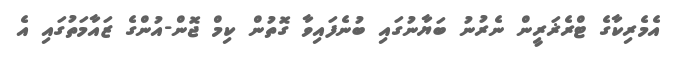
އެމެރިކާގެ ޓްރެޜަރީން ނެރުނު ބަޔާނުގައި ބުނެފައިވާ ގޮތުން ކިމް ޖޮން-އުންގެ ޒައާމަތުގައި އެ